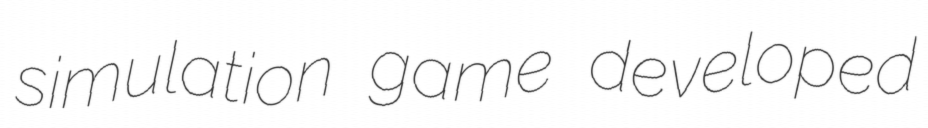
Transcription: simulation game developed